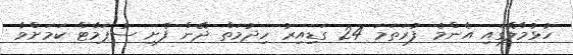
ހުޅުމާލޭގައި އެންމެ ފުރަތަމަ 24 ގަޑިއިރު ހިދުމަތް ދޭން ފެށި ސުޕަމާޓް ކަމަށްވާ